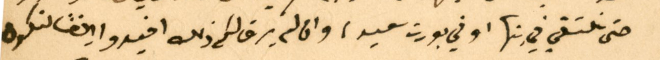
حتى نلتقي في شبرا او في بورت سعيد، وان لم يرق لكم ذلك افيدوا يضًا لنكون